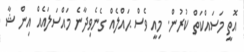
އޮތީ މަސައްކަތް ކުރުން. މިއީ ވެސް ޙައްލެއް ގެނެވިދާނެ މައްސަލައެއް އިން ޝާ